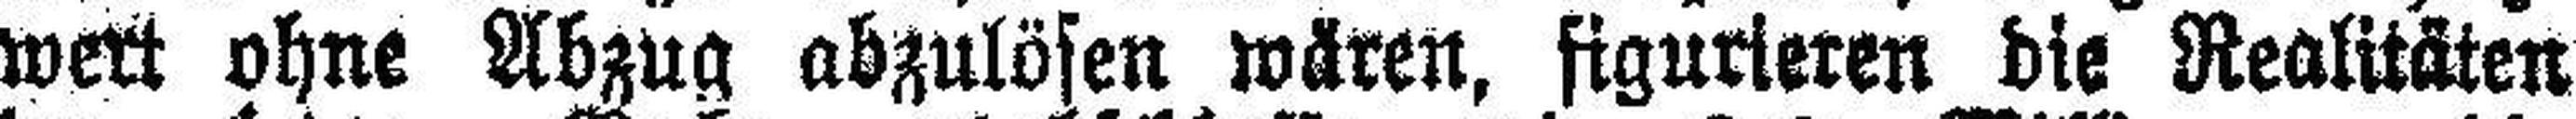
wert ohne Abzug abzulösen wären, figurieren die Realitäten